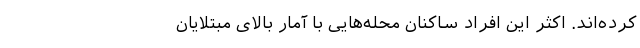
کرده‌اند. اکثر این افراد ساکنان محله‌هایی با آمار بالای مبتلایان